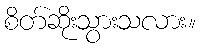
စိတ်ဆိုးသွားသလား။